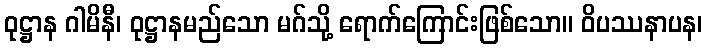
ဝုဋ္ဌာန ဂါမိနီ၊ ဝုဋ္ဌာနမည်သော မဂ်သို့ ရောက်ကြောင်းဖြစ်သော။ ဝိပဿနာပန၊